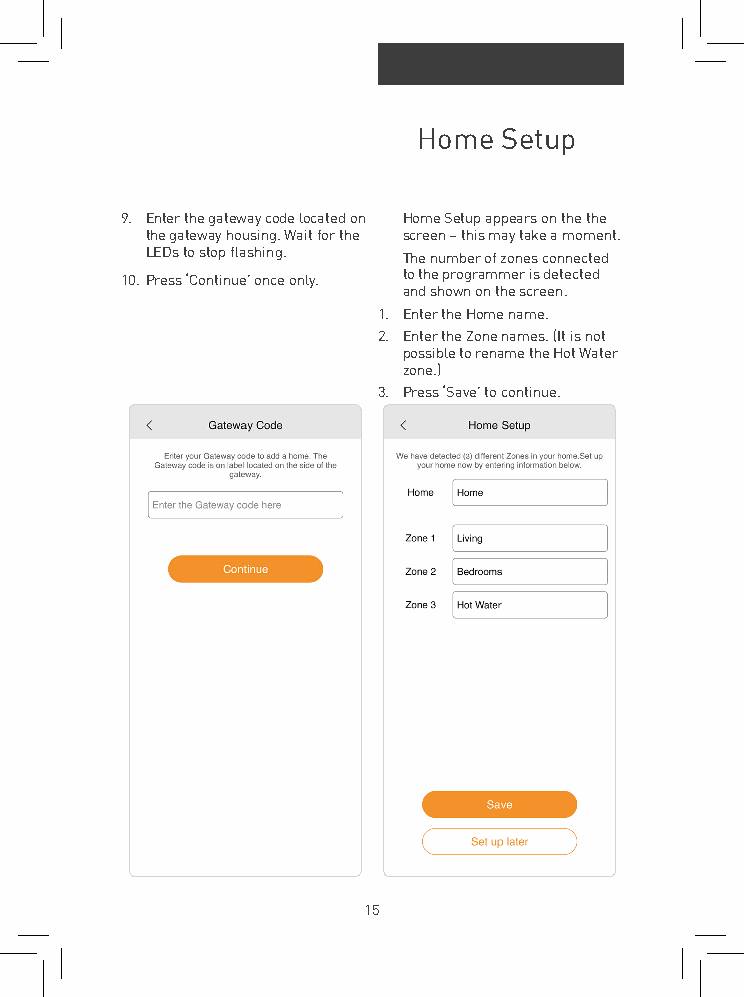
Home Setup
 9. Enter the gateway code located on Home Setup appears on the the
 the gateway housing. Wait for the screen – this may take a moment.
 LEDs to stop flashing. The number of zones connected
 10. Press ‘Continue’ once only. to the programmer is detected
 and shown on the screen.
 1. Enter the Home name.
 2. Enter the Zone names. (It is not
 possible to rename the Hot Water
 zone.)
 3. Press ‘Save’ to continue.
 15